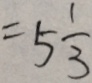
= 5 \frac { 1 } { 3 }